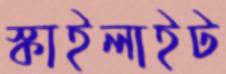
স্কাইলাইট